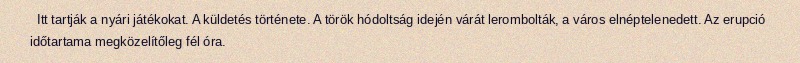
Itt tartják a nyári játékokat. A küldetés története. A török hódoltság idején várát lerombolták, a város elnéptelenedett. Az erupció időtartama megközelítőleg fél óra.